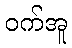
ဝက်အူ